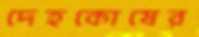
দেহকোষের